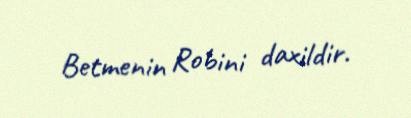
Betmenin Robini daxildir.